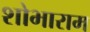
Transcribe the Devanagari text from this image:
शोभाराम